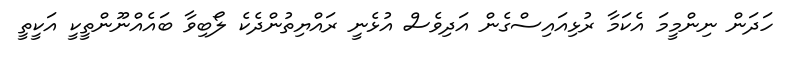
ހަދަން ނިންމީމަ އެކަމާ ރުޅިއައިސްގެން އަދިވެސް އުޅެނީ ރައްޔިތުންދެކެ ލޯބިވާ ބައެއްނޫންތީކީ އަކީތީ